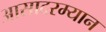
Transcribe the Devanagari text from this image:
आसादरम्यान